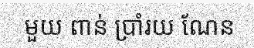
មួយ ពាន់ ប្រាំរយ ណែន